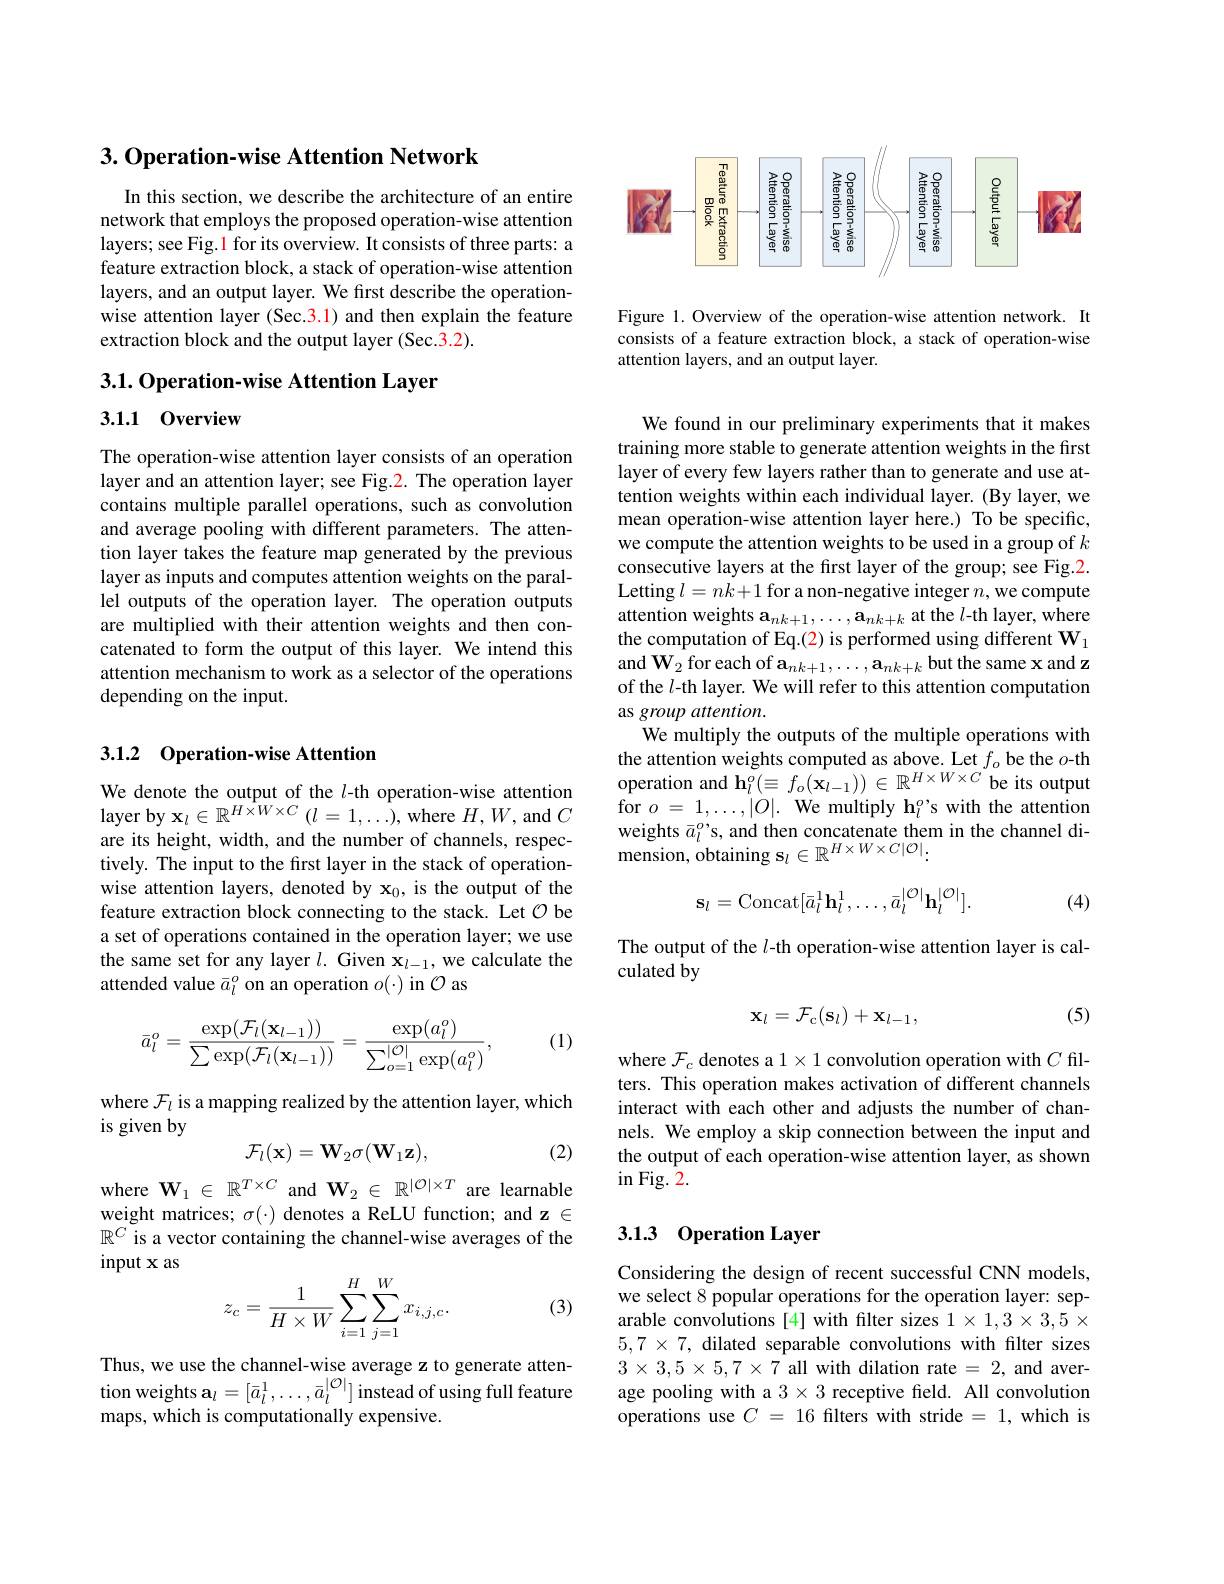
## 3.0peration-wise Attention Network

In this section, we describe the architecture of an entire network that employs the proposed operation-wise attention layers; see Fig.1 for its overview. It consists of three parts: a feature extraction block, a stack of operation-wise attention layers, and an output layer. We first describe the operationwise attention layer (Sec.3.1) and then explain the feature extraction block and the output layer (Sec.3.2).

3.1. Operation-wise Attention Layer

3.1.1 0verview

The operation-wise attention layer consists of an operation layer and an attention layer; see Fig.2. The operation layer contains multiple parallel operations, such as convolution and average pooling with different parameters. The attention layer takes the feature map generated by the previous layer as inputs and computes attention weights on the parallel outputs of the operation layer. The operation outputs are multiplied with their attention weights and then concatenated to form the output of this layer. We intend this attention mechanism to work as a selector of the operations depending on the input.

## 3.1.2 Operation-wise Attention

$\begin{array}{l}\text{We denote the output of the }l\text{-th operation-wise attention}\\\text{layer by x}_l\in\mathbb{R}^{H\times W\times C}\left(l=1,\ldots\right),\mathrm{where~}H,W,\mathrm{and~}C\end{array}$ are its height, width, and the number of channels, respectively. The input to the first layer in the stack of operationwise attention layers, denoted by x$_0$, is the output of the feature extraction block connecting to the stack. Let $\mathcal{O}$ be a set of operations contained in the operation layer; we use the same set for any layer $l.$ Given $\mathbf{x}_l-1$, we calculate the attended value $\bar{a}_l^o$ on an operation $o(\cdot)$ in $\mathcal{O}$ as

(1)
$$\bar{a}_l^o=\frac{\exp(\mathcal{F}_l(\mathbf{x}_{l-1}))}{\sum\exp(\mathcal{F}_l(\mathbf{x}_{l-1}))}=\frac{\exp(a_l^o)}{\sum_{o=1}^{|\mathcal{O}|}\exp(a_l^o)},$$
where $\mathcal{F}_l$ is a mapping realized by the attention layer, which
is given by
(2)
$$\mathcal{F}_{l}(\mathbf{x})=\mathbf{W}_{2}\sigma(\mathbf{W}_{1}\mathbf{z}),$$
where $\mathbf{W}_1\in\mathbb{R}^{T\times C}$ and $\mathbf{W}_2\in\mathbb{R}^{|\mathcal{O}|\times T}$ are learnable weight matrices; $\sigma(\cdot)$ denotes a ReLU function; and z$\in$ $\mathbb{R}^C$ is a vector containing the channel-wise averages of the $\operatorname{input}\mathbf{x}$ as
$$z_c=\frac{1}{H\times W}\sum_{i=1}^{H}\sum_{j=1}^{W}x_{i,j,c}.$$
(3)

Thus, we use the channel-wise average z to generate attention weights $\mathbf{a}_l=[\bar{a}_l^1,\ldots,\bar{a}_l^{|\mathcal{O}|}]$ instead of using full feature maps, which is computationally expensive.

<FigureHere>

Figure 1. Overview of the operation-wise attention network. It consists of a feature extraction block, a stack of operation-wise attention layers, and an output layer.

We found in our preliminary experiments that it makes training more stable to generate attention weights in the first layer of every few layers rather than to generate and use attention weights within each individual layer. (By layer, we mean operation-wise attention layer here.) To be specific, we compute the attention weights to be used in a group of $k$ consecutive layers at the first layer of the group; see Fig.2. Letting $l=nk+1$ for a non-negative integer $n$,we compute attention weights $\mathbf{a}_nk+1,\ldots,\mathbf{a}_{nk+k}$ at the $l$-th layer, where the computation of Eq.(2) is performed using different $\mathbf{W}_1$ and $\mathbf{W}_2$ for each of $\mathbf{a}_nk+1,\ldots,\mathbf{a}_{nk+k}$ but the same x and z of the $l$-th layer. We will refer to this attention computation as group attention.
We multiply the outputs of the multiple operations with the attention weights computed as above. Let $f_o$ be the $o$-th operation and $\mathbf{h}_l^{o}(\equiv f_{o}(\mathbf{x}_{l-1}))\in\mathbb{R}^{H\times W\times C}$be its output for $o=1,\ldots,|O|.$ We multiply h$_l^o$s with the attention weights $\bar{a}_l^o$'s, and then concatenate them in the channel di- ${\mathrm{mension,~obtaining~s}}_{l}\in\mathbb{R}^{H\times W\times C|\mathcal{O}|}:$
$$\mathbf{s}_{l}=\mathrm{Concat}[\bar{a}_{l}^{1}\mathbf{h}_{l}^{1},\ldots,\bar{a}_{l}^{|\mathcal{O}|}\mathbf{h}_{l}^{|\mathcal{O}|}].$$
(4)

The output of the $l$-th operation-wise attention layer is cal-
culated by

(5)
$$\mathbf{x}_l=\mathcal{F}_{\mathrm{c}}(\mathbf{s}_l)+\mathbf{x}_{l-1},$$
where $\mathcal{F}_c$ denotes a $1\times1$ convolution operation with $C$ filters. This operation makes activation of different channels interact with each other and adjusts the number of channels. We employ a skip connection between the input and the output of each operation-wise attention layer, as shown $\operatorname{in}$Fig.2.

### 3.1.3 0peration Layer

Considering the design of recent successful CNN models, we select 8 popular operations for the operation layer: separable convolutions [4] with filter sizes $1\times1,3\times3,5\times$ $5,7\times7$, dilated separable convolutions with filter sizes $3\times3,5\times5,7\times7$ all with dilation rate =2, and average pooling with a $3\times3$ receptive feld. All convolution operations use $C=16$ filters with stride=1, which is